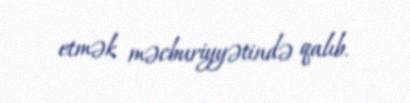
etmək məcburiyyətində qalıb.